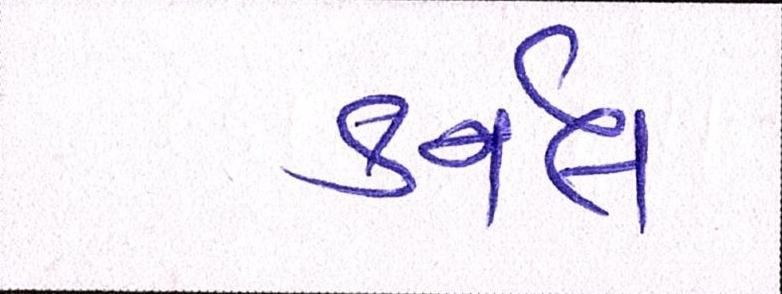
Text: કર્નલ